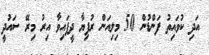
އަދި ކުވައިތު ފަންޑުން 50 މިލިއަން ރުފިޔާ ދީފައިވާ އިރު މިރޭ ސައުދީ